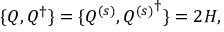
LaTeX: \{ Q , Q ^ { \dagger } \} = \{ Q ^ { ( s ) } , { Q ^ { ( s ) } } ^ { \dagger } \} = 2 { \cal H } ,